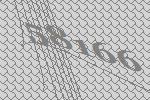
58166